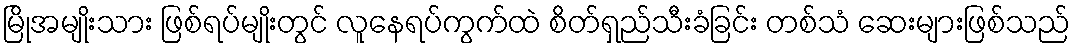
မြိုအမျိုးသား ဖြစ်ရပ်မျိုးတွင် လူနေရပ်ကွက်ထဲ စိတ်ရှည်သီးခံခြင်း တစ်သံ ဆေးများဖြစ်သည်